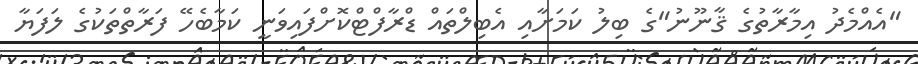
"އެއްމެދު އިމާރާތުގެ ޤާނޫނު"ގެ ބިލު ކަމަށާއި އެބިލްތައް ޑްރާފްޓްކޮށްފައިވަނީ ކަމާބެހޭ ފަރާތްތަކުގެ ލަފަޔާ